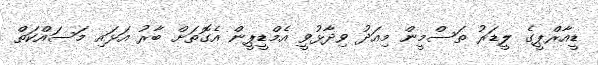
ޑީއާރްޕީގެ ލީޑަރު ތަސްމީން މިއަދު ވިދާޅުވީ އެމްޑީޕީން އެގޮތަށް ބާރު އަޅައި މަސައްކަތް